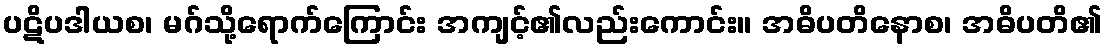
ပဋိပဒါယစ၊ မဂ်သို့ရောက်ကြောင်း အကျင့်၏လည်းကောင်း။ အဓိပတိနောစ၊ အဓိပတိ၏